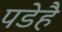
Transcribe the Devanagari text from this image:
पडेहै